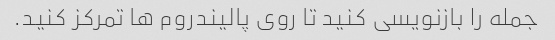
جمله را بازنویسی کنید تا روی پالیندروم ها تمرکز کنید.